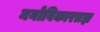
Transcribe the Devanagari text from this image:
मनोविकारतज्ञ